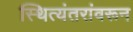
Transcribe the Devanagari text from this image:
स्थित्यंतरांवरून